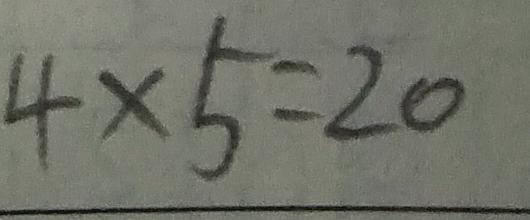
4 \times 5 = 2 0